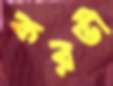
করভী